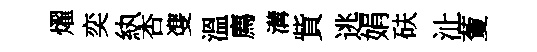
燿奕紈杏㕠溫廌溝貲逃娟砆沚藑